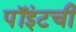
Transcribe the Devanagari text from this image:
पॉइंटची